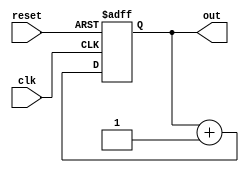
module top ( out, clk, reset );
    output [7:0] out;
    input clk, reset;
    reg [7:0] out;

    always @(posedge clk, posedge reset)
      if (reset)
          out <= 8'b0;
      else
          out <= out + 1;
endmodule